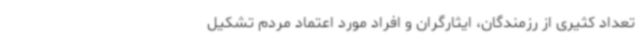
تعداد کثیری از رزمندگان، ایثارگران و افراد مورد اعتماد مردم تشکیل